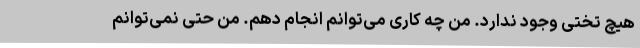
هیچ تختی وجود ندارد. من چه کاری می‌توانم انجام دهم. من حتی نمی‌توانم